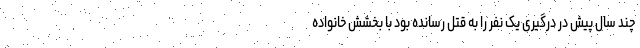
چند سال پیش در درگیری یک نفر را به قتل رسانده بود با بخشش خانواده